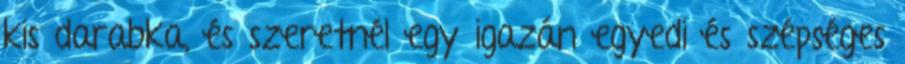
kis darabka, és szeretnél egy igazán egyedi és szépséges